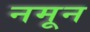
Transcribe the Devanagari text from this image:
नमून